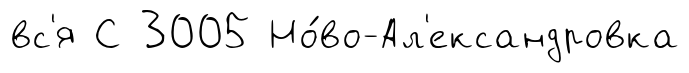
вс'я С 3005 Но́во-Ал'ександровка